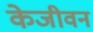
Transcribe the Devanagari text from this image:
केजीवन